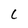
Character: C